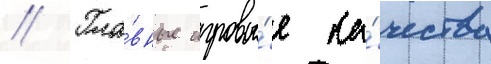
// Гла́вные игровы́е ка́чества